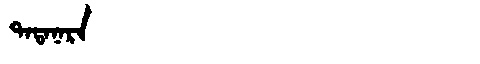
Manchu: ᡨᠠᡨᠠᠨᠠᡵᠠ
Romanization: TATANARA